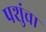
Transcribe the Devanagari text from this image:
पशुंचा